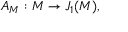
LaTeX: A _ { M } : M \to J _ { 1 } ( M ) ,